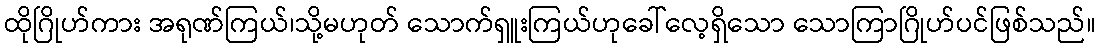
ထိုဂြိုဟ်ကား အရုဏ်ကြယ်၊သို့မဟုတ် သောက်ရှူးကြယ်ဟုခေါ်လေ့ရှိသော သောကြာဂြိုဟ်ပင်ဖြစ်သည်။